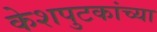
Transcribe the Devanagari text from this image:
केशपुटकांच्या